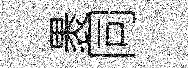
褁同